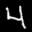
Label: 4